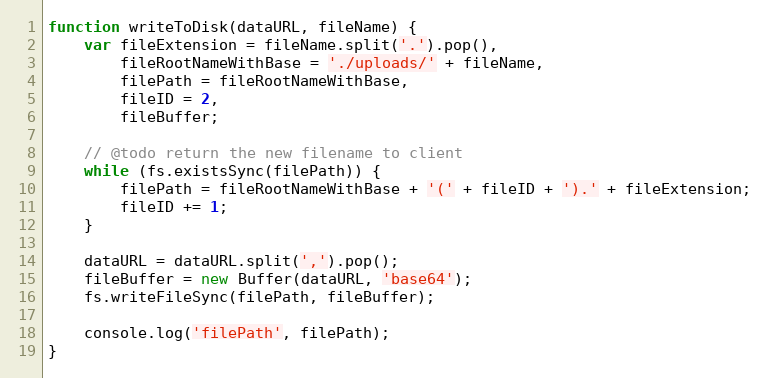
Language: JavaScript
function writeToDisk(dataURL, fileName) {
    var fileExtension = fileName.split('.').pop(),
        fileRootNameWithBase = './uploads/' + fileName,
        filePath = fileRootNameWithBase,
        fileID = 2,
        fileBuffer;

    // @todo return the new filename to client
    while (fs.existsSync(filePath)) {
        filePath = fileRootNameWithBase + '(' + fileID + ').' + fileExtension;
        fileID += 1;
    }

    dataURL = dataURL.split(',').pop();
    fileBuffer = new Buffer(dataURL, 'base64');
    fs.writeFileSync(filePath, fileBuffer);

    console.log('filePath', filePath);
}